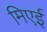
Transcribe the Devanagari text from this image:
मिएई